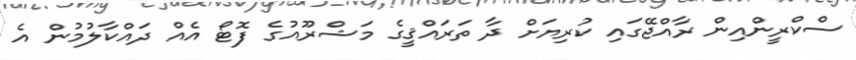
ސްކްރީންއިން ރާއްޖޭގައި ކުރިޔަށް ދާ ތަރައްޤީގެ މަޝްރޫއުގެ ފޮޓޯ އެެއް ދައްކާލުމުން އެ